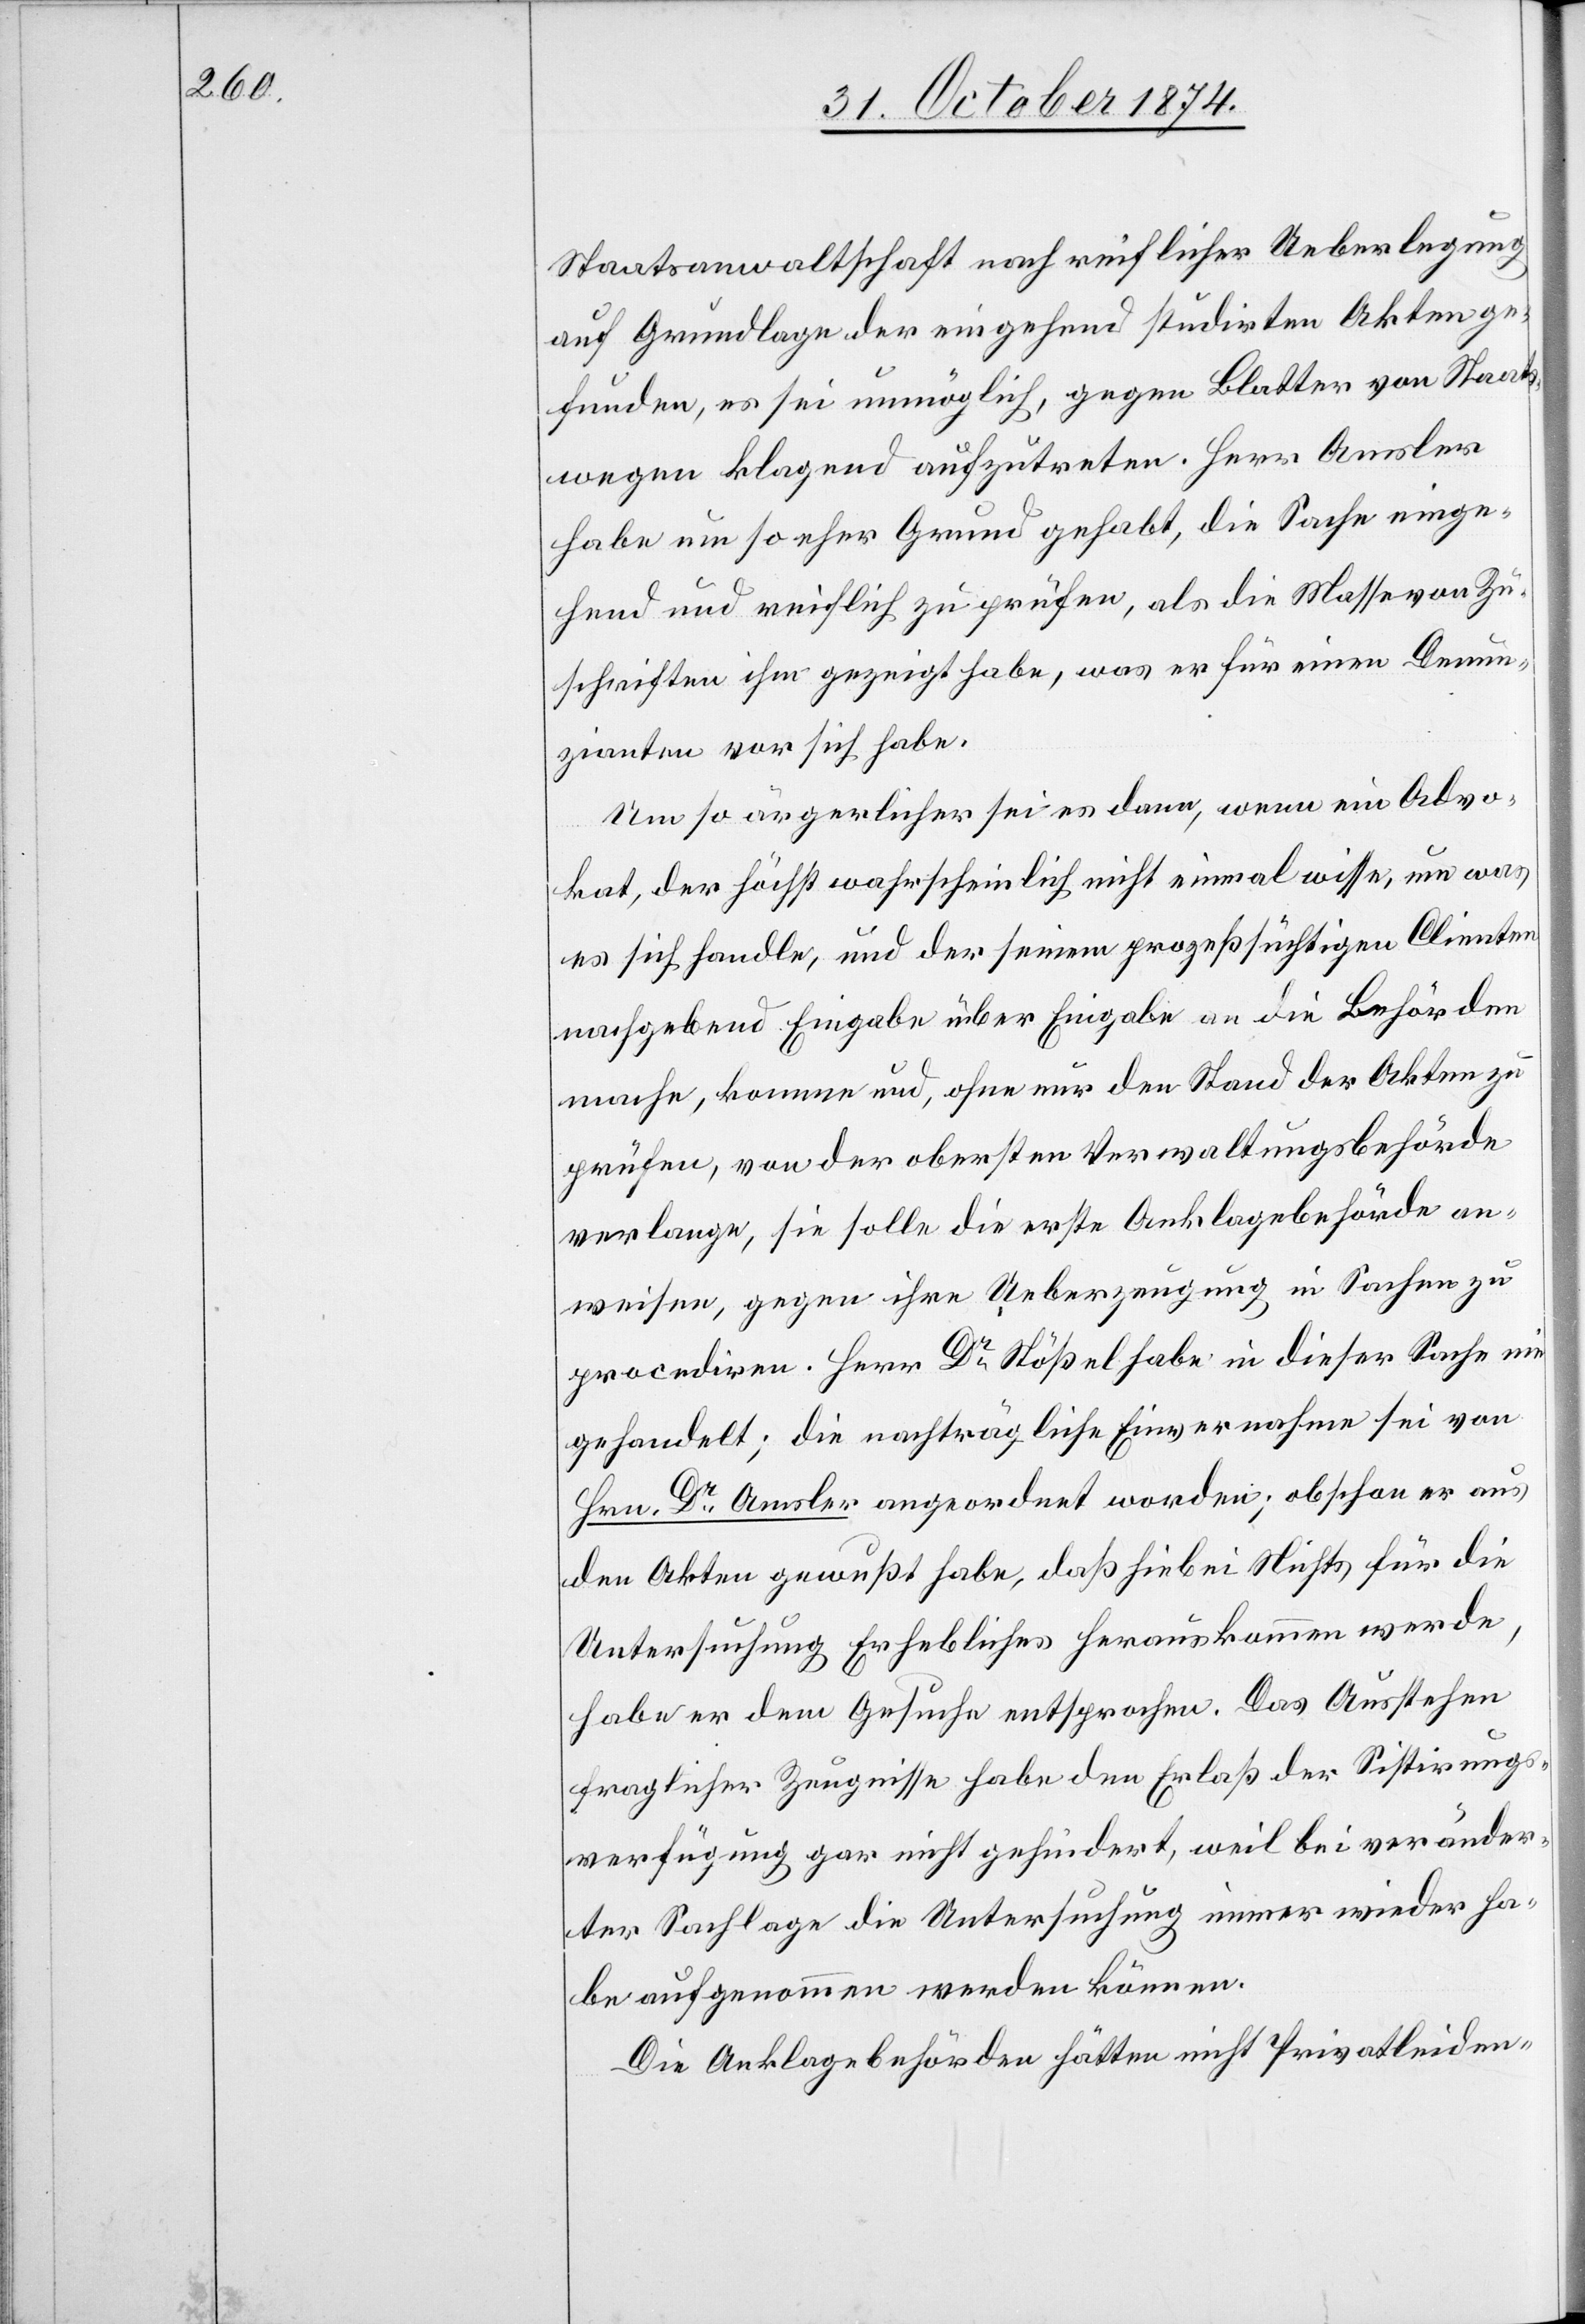
Staatsanwaltschaft nach reichlicher Ueberlegung
auf Grundlage der eingehend studirten Akten ge¬
funden, es sei unmöglich, gegen Blatter von Staats¬
wegen klagend aufzutreten. Herr Amsler
habe um so eher Grund gehabt, die Sache einge¬
hend und reichlich zu prüfen, als die Masse von Zu¬
schriften ihm gezeigt habe, was er für einen Denun¬
zianten vor sich habe.
Um so ärgerlicher sei es dann, wenn ein Advo¬
kat, der höchst wahrscheinlich nicht einmal wisse, um was
es sich handle, und der seinem prozeßsüchtigen Clienten
nachgebend Eingabe über Eingabe an die Behörden
mache, komme und, ohne nur den Stand der Akten zu
prüfen, von der obersten Verwaltungsbehörde
verlange, sie solle die erste Anklagebehörde an¬
weisen, gegen ihre Ueberzeugung in Sachen zu
procediren. Herr Dr Stößel habe in dieser Sache nie
gehandelt; die nachträgliche Einvernahme sei von
Hrn. Dr Amsler angeordnet worden; obschon er aus
den Akten gewußt habe, daß hiebei Nichts für die
Untersuchung Erhebliches herauskommen werde,
habe er dem Gesuche entsprochen. Das Ausstehen
fraglicher Zeugnisse habe den Erlaß der Sistirungs¬
verfügung gar nicht gehindert, weil bei veränder¬
ter Sachlage die Untersuchung immer wieder ha¬
be aufgenommen werden können.
Die Anklagebehörden hätten nicht Privatleiden-